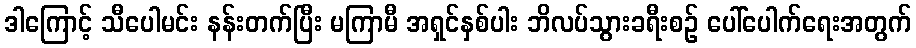
ဒါကြောင့် သီပေါမင်း နန်းတက်ပြီး မကြာမီ အရှင်နှစ်ပါး ဘိလပ်သွားခရီးစဉ် ပေါ်ပေါက်ရေးအတွက်